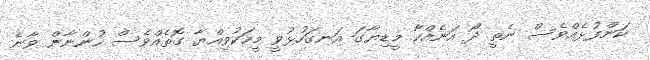
ކަންފުޅެއްވެސް ނެތީ ދޯ އަނެއްކާ މީޑިޔާގަ އަނގަހުޅުވީ މީހަކުވިއްޔާ ގޮތެއްވެސް ހުންނާން ވާނެ